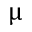
\upmu